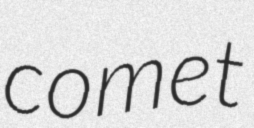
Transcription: comet